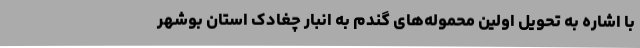
با اشاره به تحویل اولین محموله‌های گندم به انبار چغادک استان بوشهر